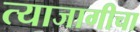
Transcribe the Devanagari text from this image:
त्याजागीचा